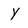
Character: Y